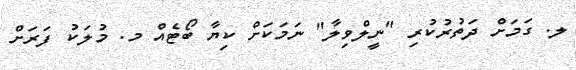
ލ. ގަމަށް ދަތުރުކުރި "ނީލްވިލާ" ނަމަކަށް ކިޔާ ބޯޓެއް މ. މުލަކު ފަރަށް